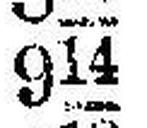
914